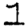
Digit: 1